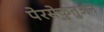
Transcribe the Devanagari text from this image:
पेरसेकुतुअन